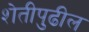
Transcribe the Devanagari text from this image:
शेतीपुढील